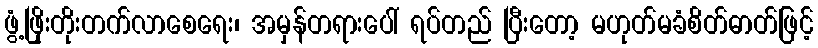
ဖွံ့ဖြိုးတိုးတက်လာစေရေး၊ အမှန်တရားပေါ် ရပ်တည် ပြီးတော့ မဟုတ်မခံစိတ်ဓာတ်ဖြင့်